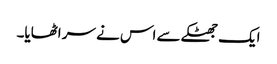
ایک جھٹکے سے اس نے سر اٹھایا۔